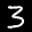
Label: 3